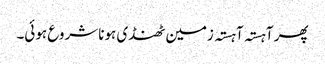
پھر آہستہ آہستہ زمین ٹھنڈی ہونا شروع ہوئی۔